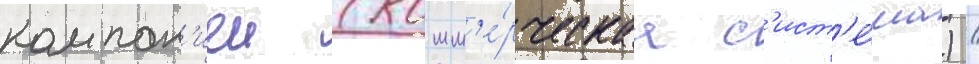
компан'иеи (комм'е́рческаа с'ист'е́ма) /